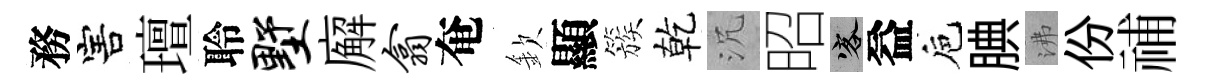
務害璮聆墅廨翕奄欽顯簇乾沉昭客益巵腆沸份𥙷